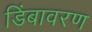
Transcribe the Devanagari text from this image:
डिंबावरण